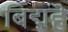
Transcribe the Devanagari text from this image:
बिद्महॆ